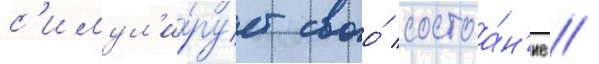
с'имул'и́рует своо́ состоа́н'ие /